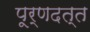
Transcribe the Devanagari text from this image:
पूर्णदत्त